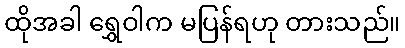
ထိုအခါ ရွှေဝါက မပြန်ရဟု တားသည်။